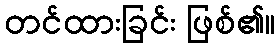
တင်ထားခြင်း ဖြစ်၏။